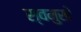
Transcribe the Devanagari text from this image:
स्वमुखे